Eesti_Rahvusfond, lk 22
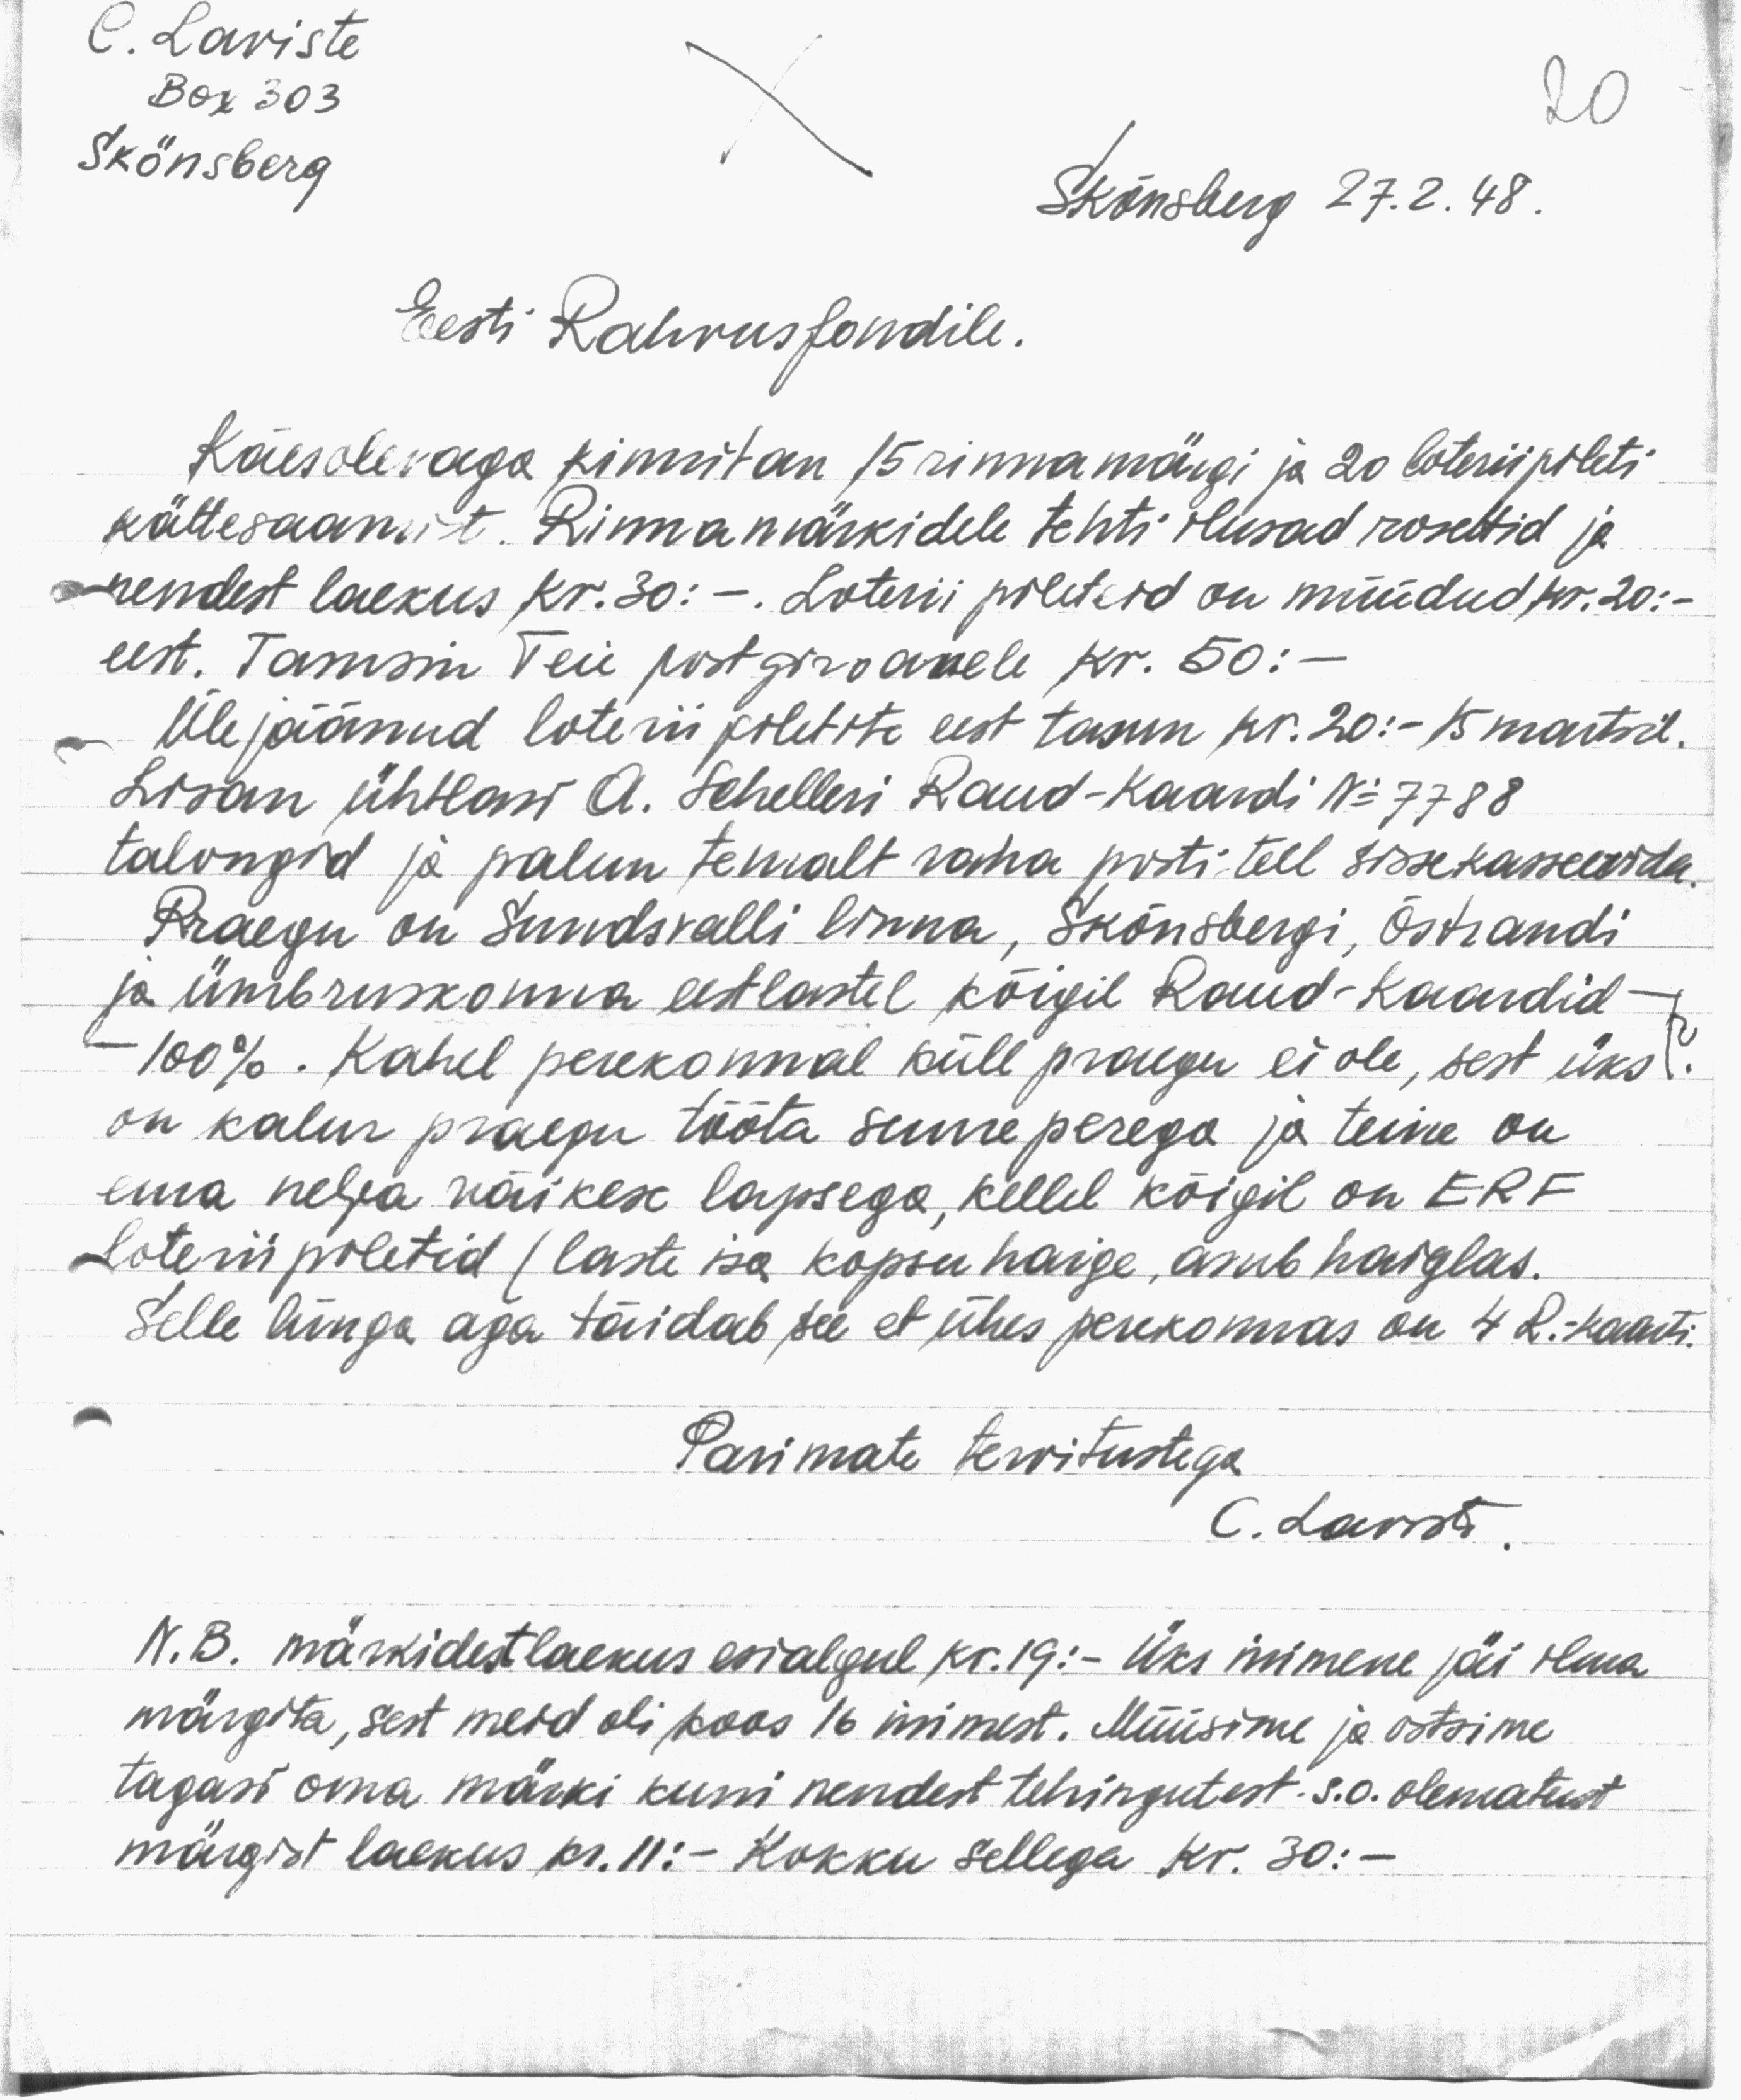
C. Laviste
Box 303
Skönsberg
Skönsberg 27.2. 48.
Eesti Rahvusfondile.
Käesolevaga kinnitan 15 rinnamärgi ja 20 loteriipileti
kättesaamist. Rinnamärkidele tehti ilusad rosettid ja
nendest laekus kr. 30: -. Loterii pileteid on müüdud kr. 20: -
eest. Tamsin Teie postgiroanele kr. 50.-
Ülejäänud loterii piletite eest tasun kr. 20.-15 märtsil.
Lirsan ühtlasi A. Schelleri Raud-Kaardi No 7788
talongid ja palun temalt raha posti tell sissekaseerida.
Praegu on Sundsvalli linna, Skönsbergi, Östrandi
ja ümbruskonna eetlastele kõigil Raud-kaardid -
100%. Kahel perekonnal küll praegu ei ole, sest üks
on kalur praegu tööta suure perega ja teine on
ema nelja väikese lapsega, kellel kõigil on ERF
Loterii piletid / laste isa kopsu haige, asub haiglas.
Selle hinga aga täidab see et ühes perekonnas on 4 R. Kaarti.
Parimate tervitustega.
C. Laviste
N. B. märkidest laekus esialgul kr. 19.- Üks inimene jäi ilma
märgita, sest meid oli koos 16 inimest. Müüsime ja ostsime
tagast oma märki kuni nendest tehingutest s.o. olematust
märgist laekus kr. 11: - Kokku sellega kr. 30.-